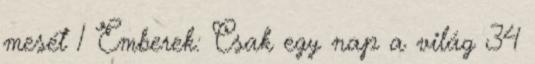
mesét 1 Emberek: Csak egy nap a világ 34